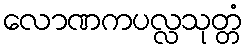
လောဏကပလ္လသုတ္တံ